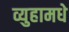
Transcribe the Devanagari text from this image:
व्युहामधे